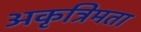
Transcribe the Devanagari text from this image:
अकृत्रिमता